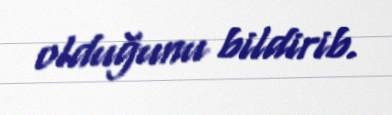
olduğunu bildirib.